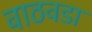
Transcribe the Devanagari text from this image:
वाठवडा